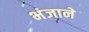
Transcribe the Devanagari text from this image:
भंजाने